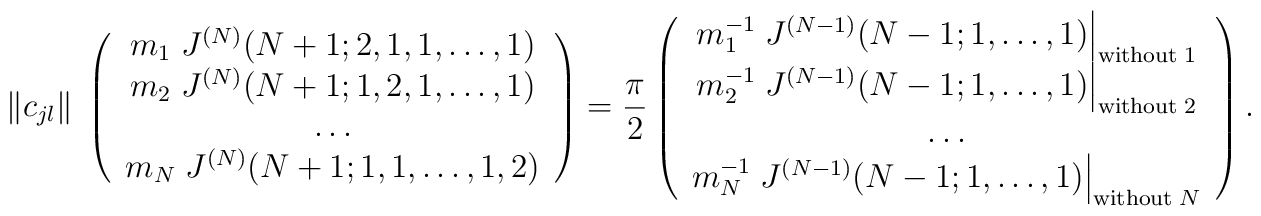
\| c_{jl} \| \;\left( \begin{array}{c} m_1 \; J^{(N)}(N+1;2,1,1,\ldots,1) \\                        m_2 \; J^{(N)}(N+1;1,2,1,\ldots,1) \\                        \ldots \\                        m_N \; J^{(N)}(N+1;1,1,\ldots,1,2)       \end{array} \right)= \frac{\pi}{2}\left(\begin{array}{c}m_1^{-1} \left.J^{(N-1)}(N-1;1,\ldots, 1)\right|_{\mbox{\scriptsize without}\; 1} \\m_2^{-1} \left.J^{(N-1)}(N-1;1,\ldots, 1)\right|_{\mbox{\scriptsize without}\; 2} \\\ldots \\   m_N^{-1} \left.J^{(N-1)}(N-1;1,\ldots, 1)\right|_{\mbox{\scriptsize without}\; N}\end{array} \right) .